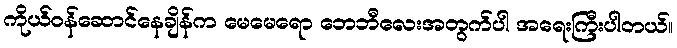
ကိုယ်ဝန်ဆောင်နေချိန်က မေမေရော ဘေဘီလေးအတွက်ပါ အရေးကြီးပါတယ်။